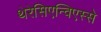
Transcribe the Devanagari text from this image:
थेरेसिएन्विएस्से